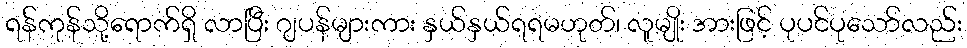
ရန်ကုန်သို့ရောက်ရှိ လာပြီး ဂျပန်များကား နှယ်နှယ်ရရမဟုတ်၊ လူမျိုး အားဖြင့် ပုပင်ပုသော်လည်း